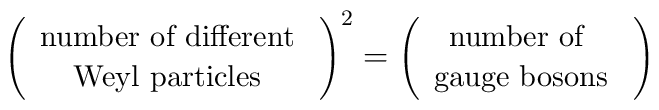
\left(  \begin{array}{c}       \mbox{{\small number of different} } \\       \mbox{{\small Weyl particles} }         \end{array} \right)^{2} = \left(  \begin{array}{c}       \mbox{{\small number of } } \\       \mbox{{\small gauge bosons} }         \end{array}\right)